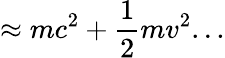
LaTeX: \approx mc^{2}+{\frac{1}{2}}mv^{2}...